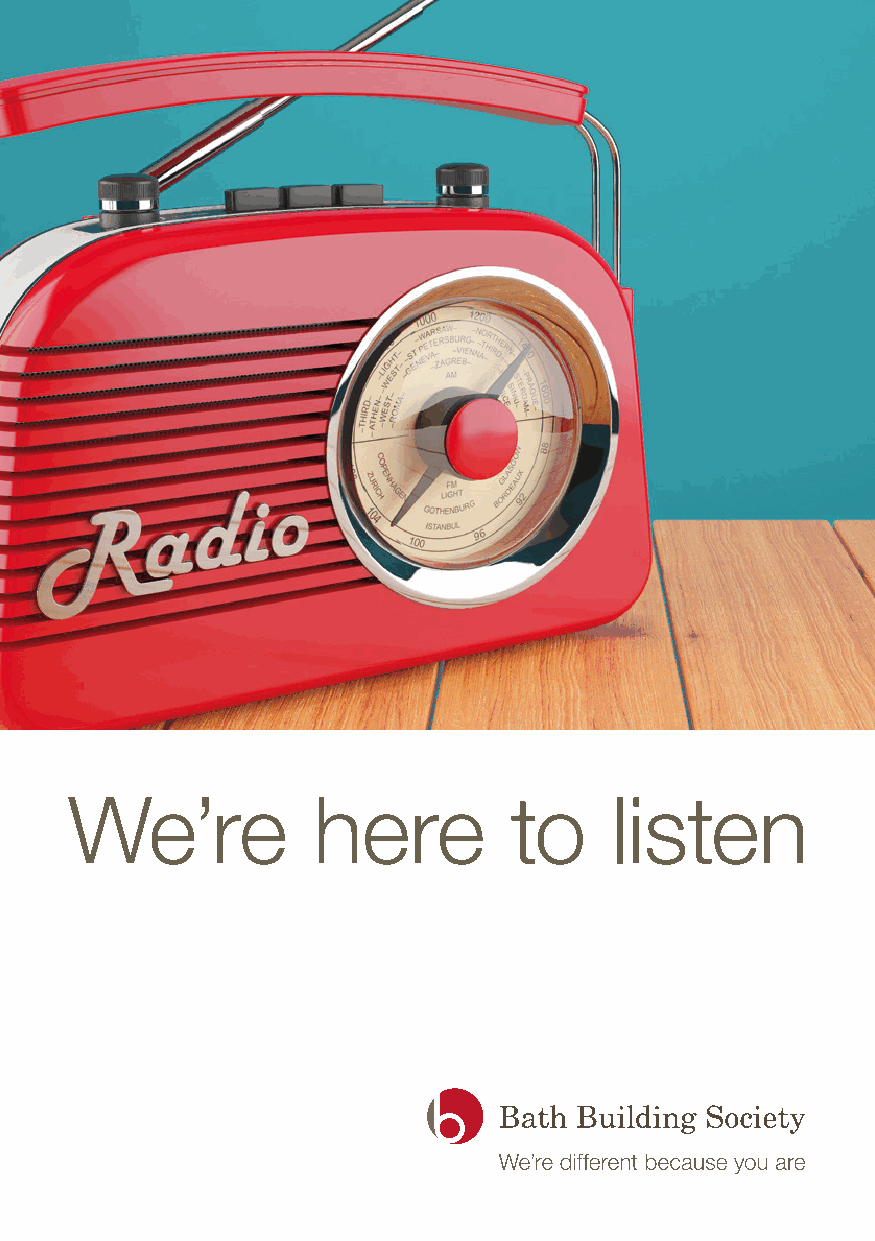
We’re           here         to    listen